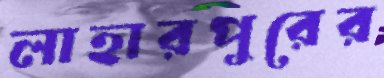
লাহারপুরের